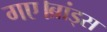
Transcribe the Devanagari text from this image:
गए।ब्रांड्स